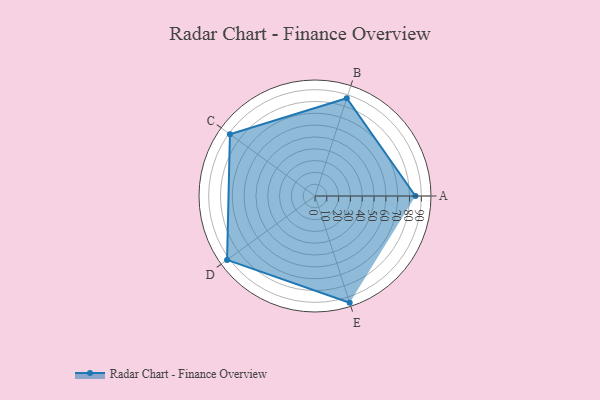
{"axis": {"x": "Skill", "y": "Score"}, "legend": ["Profile"], "data": [{"x": "A", "y": 85.0, "type": "Profile"}, {"x": "B", "y": 87.0, "type": "Profile"}, {"x": "C", "y": 89.0, "type": "Profile"}, {"x": "D", "y": 92.0, "type": "Profile"}, {"x": "E", "y": 95.0, "type": "Profile"}]}